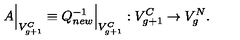
A \Bigr | _ { V _ { g + 1 } ^ { C } } \equiv Q _ { n e w } ^ { - 1 } \Bigr | _ { V _ { g + 1 } ^ { C } } : V _ { g + 1 } ^ { C } \to V _ { g } ^ { N } .